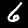
Digit: 6